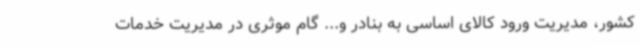
کشور، مدیریت ورود کالای اساسی به بنادر و... گام موثری در مدیریت خدمات